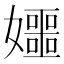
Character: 𪦰